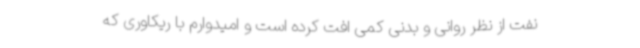
نفت از نظر روانی و بدنی کمی افت کرده است و امیدوارم با ریکاوری که